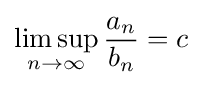
\limsup _{n\to \infty }{\frac {a_{n}}{b_{n}}}=c